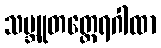
သမ္ဘူတတ္ထေရဂါထာ